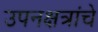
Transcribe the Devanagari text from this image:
उपनक्षत्रांचे